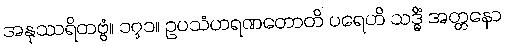
အနုဿရိတဗ္ဗံ။ ၁၇၁။ ဥပသံဟရဏတောတိ ပရေဟိ သဒ္ဓိံ အတ္တနော